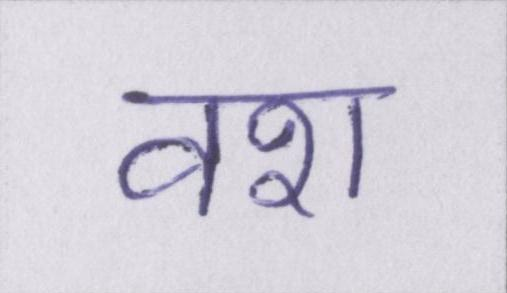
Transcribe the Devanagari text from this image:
वश